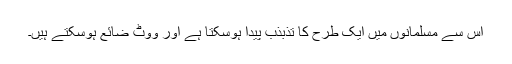
اس سے مسلمانوں میں ایک طرح کا تذبذب پیدا ہوسکتا ہے اور ووٹ ضائع ہوسکتے ہیں۔